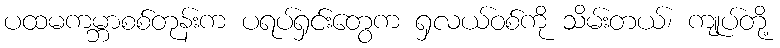
ပထမကမ္ဘာစစ်တုန်းက ပရပ်ရှင်းတွေက ရှလယ်ဝစ်ကို သိမ်းတယ်၊ ကျုပ်တို့